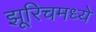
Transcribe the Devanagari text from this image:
झूरिचमध्ये